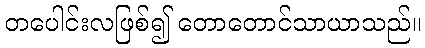
တပေါင်းလဖြစ်၍ တောတောင်သာယာသည်။